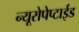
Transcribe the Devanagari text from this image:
न्यूरोपेप्टाईड